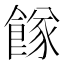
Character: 𩝌